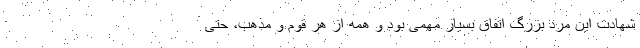
شهادت این مرد بزرگ اتفاق بسیار مهمی بود و همه از هر قوم و مذهب، حتی